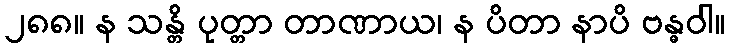
၂၈၈။ န သန္တိ ပုတ္တာ တာဏာယ၊ န ပိတာ နာပိ ဗန္ဓဝါ။